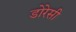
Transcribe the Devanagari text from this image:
डोरेसी